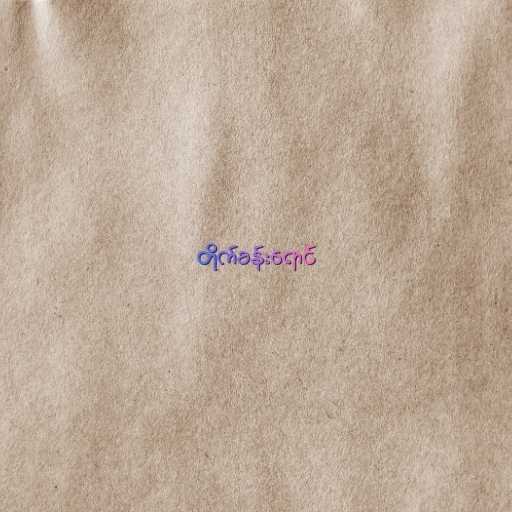
တိုက်ခန်းရောင်